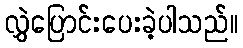
လွှဲပြောင်းပေးခဲ့ပါသည်။